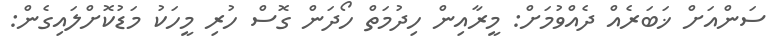
ސަންއަށް ޚަބަރެއް ދެއްވުމަށް: މީރާއިން ހިދުމަތް ހޯދަން ގޮސް ހުރި މީހަކު މަޑުކޮށްލައިގެން: